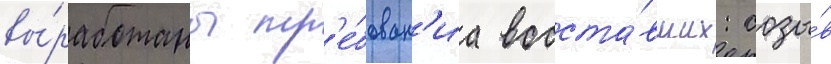
вы́работаны тр'е́бован'иа восста́вших: созы́в